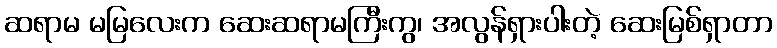
ဆရာမ မမြလေးက ဆေးဆရာမကြီးကွ၊ အလွန်ရှားပါးတဲ့ ဆေးမြစ်ရှာတာ